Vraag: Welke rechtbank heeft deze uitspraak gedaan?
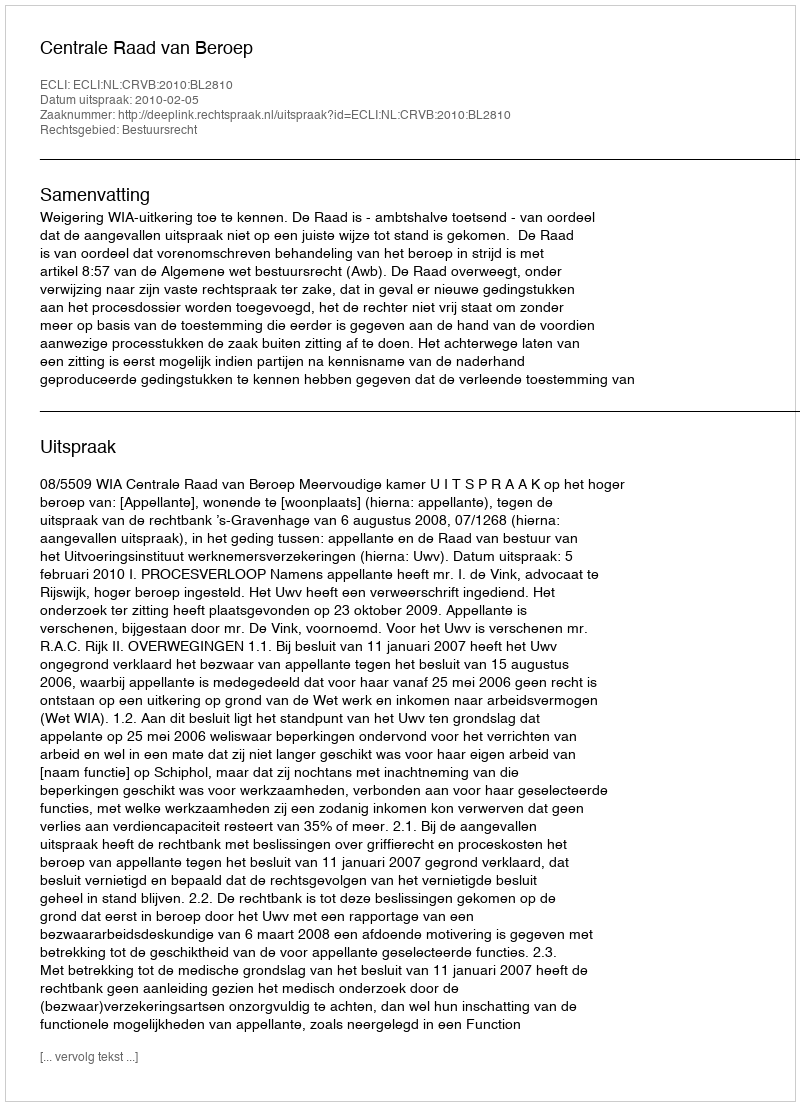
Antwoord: Centrale Raad van Beroep